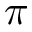
\pi